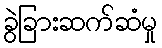
ခွဲခြားဆက်ဆံမှု